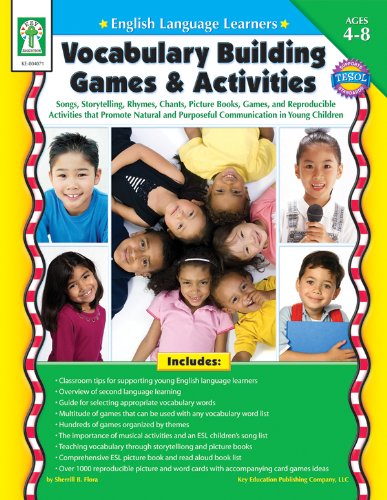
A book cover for English Language Learners: Vocabulary Building Games & Activities, Grades PK - 3: Songs, Storytelling, Rhymes, Chants, Picture Books, Games, and ... Purposeful Communication in Young Children; Karen Seberg; Children's Books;